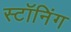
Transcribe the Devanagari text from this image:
स्टॉनिंग